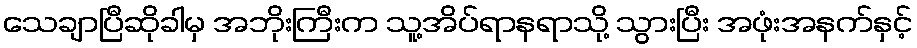
သေချာပြီဆိုခါမှ အဘိုးကြီးက သူ့အိပ်ရာနရာသို့ သွားပြီး အဖုံးအနက်နှင့်